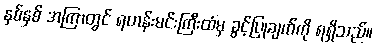
နှစ်နှစ် အကြာတွင် ရဟန်းမင်းကြီးထံမှ ခွင့်ပြုချက်ကို ရရှိသည်။